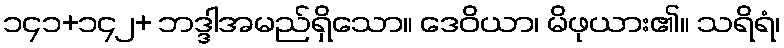
၁၄၁+၁၄၂+ ဘဒ္ဒါအမည်ရှိသော။ ဒေဝိယာ၊ မိဖုယား၏။ သရိရံ၊